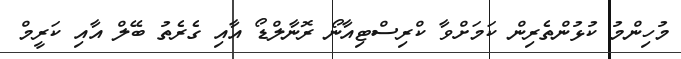
މުހިންމު ކުޅުންތެރިން ކަމަށްވާ ކްރިސްޓިއާނޯ ރޮނާލްޑޯ އާއި ގެރެތު ބޭލް އާއި ކަރީމް